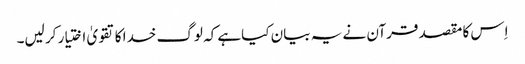
اِس کا مقصد قرآن نے یہ بیان کیاہے کہ لوگ خدا کا تقویٰ اختیار کر لیں۔